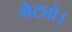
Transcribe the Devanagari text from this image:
भेट्यो।